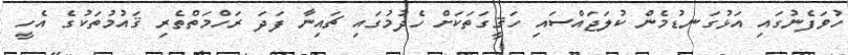
ހުވަފެނުގައި އަޅުގަނޑުމެން ކުލަޖައްސައި ހަޤީގަތަކަށް ހެދުމުގައި ޗައިނާ ފަދަ ރަހްމަތްތެރި ޤައުމުތަކުގެ އެހީ